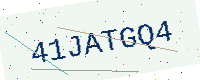
Text: 41JATGQ4